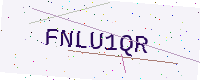
Text: FNLU1QR